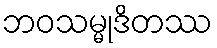
ဘဝသမ္မုဒိတဿ